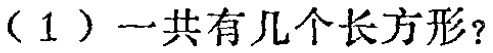
（1）一共有几个长方形？